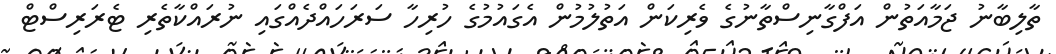
ތާލިބާނު ޖަމާއަތުން އަފްގާނިސްތާނުގެ ވެރިކަން އަތުލުމުން އެގައުމުގެ ހުރިހާ ސަރަހައްދެއްގައި ނުރައްކާތެރި ޓެރަރިސްޓް